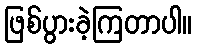
ဖြစ်ပွားခဲ့ကြတာပါ။